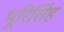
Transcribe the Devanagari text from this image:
भूरिसिंह